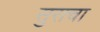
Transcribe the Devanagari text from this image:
सुराचा